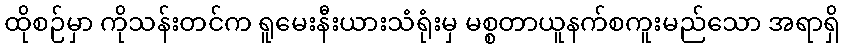
ထိုစဉ်မှာ ကိုသန်းတင်က ရူမေးနီးယားသံရုံးမှ မစ္စတာယူနက်စကူးမည်သော အရာရှိ